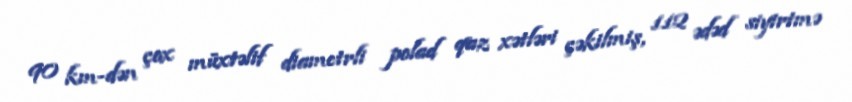
90 km-dən çox müxtəlif diametrli polad qaz xətləri çəkilmiş, 112 ədəd siyirtmə